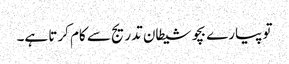
تو پیارے بچو شیطان تدریج سے کام کرتا ہے۔